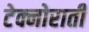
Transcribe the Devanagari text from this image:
टेक्नोराती